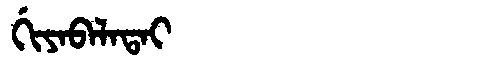
Manchu: ᡤᡳᠶᠠᠪᠠᠯᠠᡨᠠᡳ
Romanization: GIYABALATAI